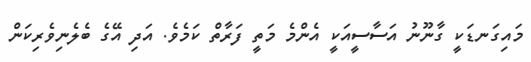
މައިގަނޑަކީ ގާނޫނު އަސާސީއަކީ އެންމެ މަތީ ފަރާތް ކަމެވެ. އަދި އޭގެ ބެލެނިވެރިކަން